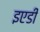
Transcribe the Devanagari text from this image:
इएडी